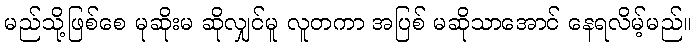
မည်သို့ဖြစ်စေ မုဆိုးမ ဆိုလျှင်မူ လူတကာ အပြစ် မဆိုသာအောင် နေရလိမ့်မည်။